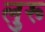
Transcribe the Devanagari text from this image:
लुरू